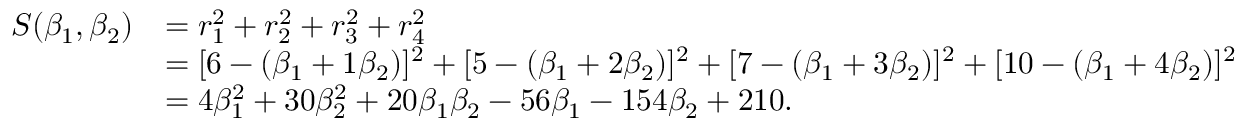
{ \begin{array} { r l } { S ( \beta _ { 1 } , \beta _ { 2 } ) } & { = r _ { 1 } ^ { 2 } + r _ { 2 } ^ { 2 } + r _ { 3 } ^ { 2 } + r _ { 4 } ^ { 2 } } \\ & { = [ 6 - ( \beta _ { 1 } + 1 \beta _ { 2 } ) ] ^ { 2 } + [ 5 - ( \beta _ { 1 } + 2 \beta _ { 2 } ) ] ^ { 2 } + [ 7 - ( \beta _ { 1 } + 3 \beta _ { 2 } ) ] ^ { 2 } + [ 1 0 - ( \beta _ { 1 } + 4 \beta _ { 2 } ) ] ^ { 2 } } \\ & { = 4 \beta _ { 1 } ^ { 2 } + 3 0 \beta _ { 2 } ^ { 2 } + 2 0 \beta _ { 1 } \beta _ { 2 } - 5 6 \beta _ { 1 } - 1 5 4 \beta _ { 2 } + 2 1 0 . } \end{array} }